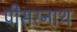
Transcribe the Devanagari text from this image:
पीसरनाथ